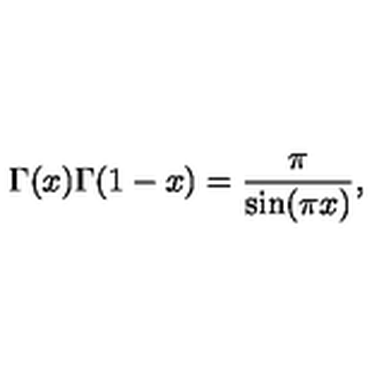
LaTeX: \Gamma ( x ) \Gamma ( 1 - x ) = \frac \pi { \sin ( \pi x ) } ,